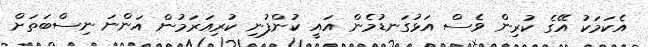
އެކަމަކު އޭގެ ކުރިން ވެސް އަޅުގަނޑުމެން އައީ ކުންފުނި ކުރިއަރަމުން އަންނަ ނިސްބަތަށް